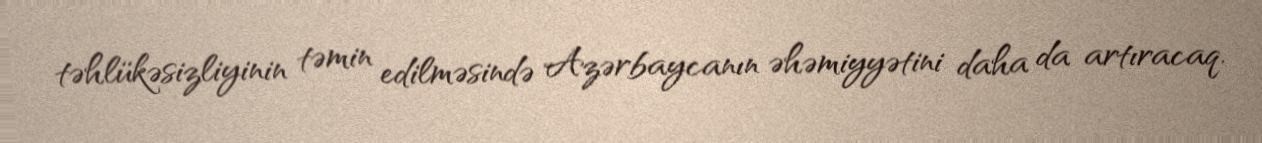
təhlükəsizliyinin təmin edilməsində Azərbaycanın əhəmiyyətini daha da artıracaq.